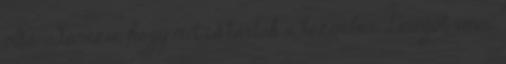
oda-odanézve, hogy mit is tartok a kezemben. Levegőt venni